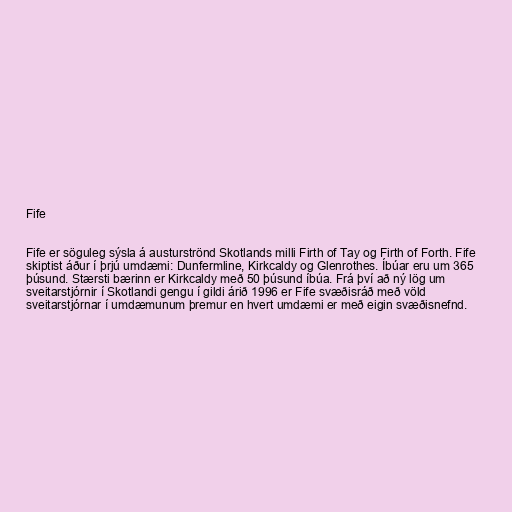
Fife

Fife er söguleg sýsla á austurströnd Skotlands milli Firth of Tay og Firth of Forth. Fife
skiptist áður í þrjú umdæmi: Dunfermline, Kirkcaldy og Glenrothes. Íbúar eru um 365
þúsund. Stærsti bærinn er Kirkcaldy með 50 þúsund íbúa. Frá því að ný lög um
sveitarstjórnir í Skotlandi gengu í gildi árið 1996 er Fife svæðisráð með völd
sveitarstjórnar í umdæmunum þremur en hvert umdæmi er með eigin svæðisnefnd.